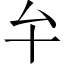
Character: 𠫘